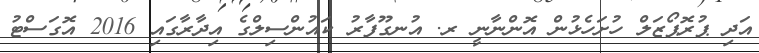
އަދި ޕުރޮޕޯޒަލް ހުށަހެޅުން އޮންނާނީ ރ. އުނގޫފާރު ކައުންސިލްގެ އިދާރާގައި 2016 އޮގަސްޓު